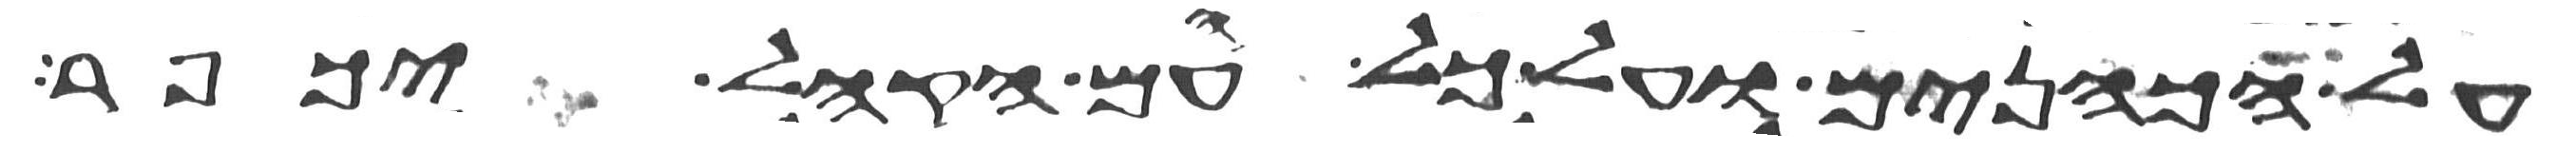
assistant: על הכהנים ועל כל עם הקהל יכפר